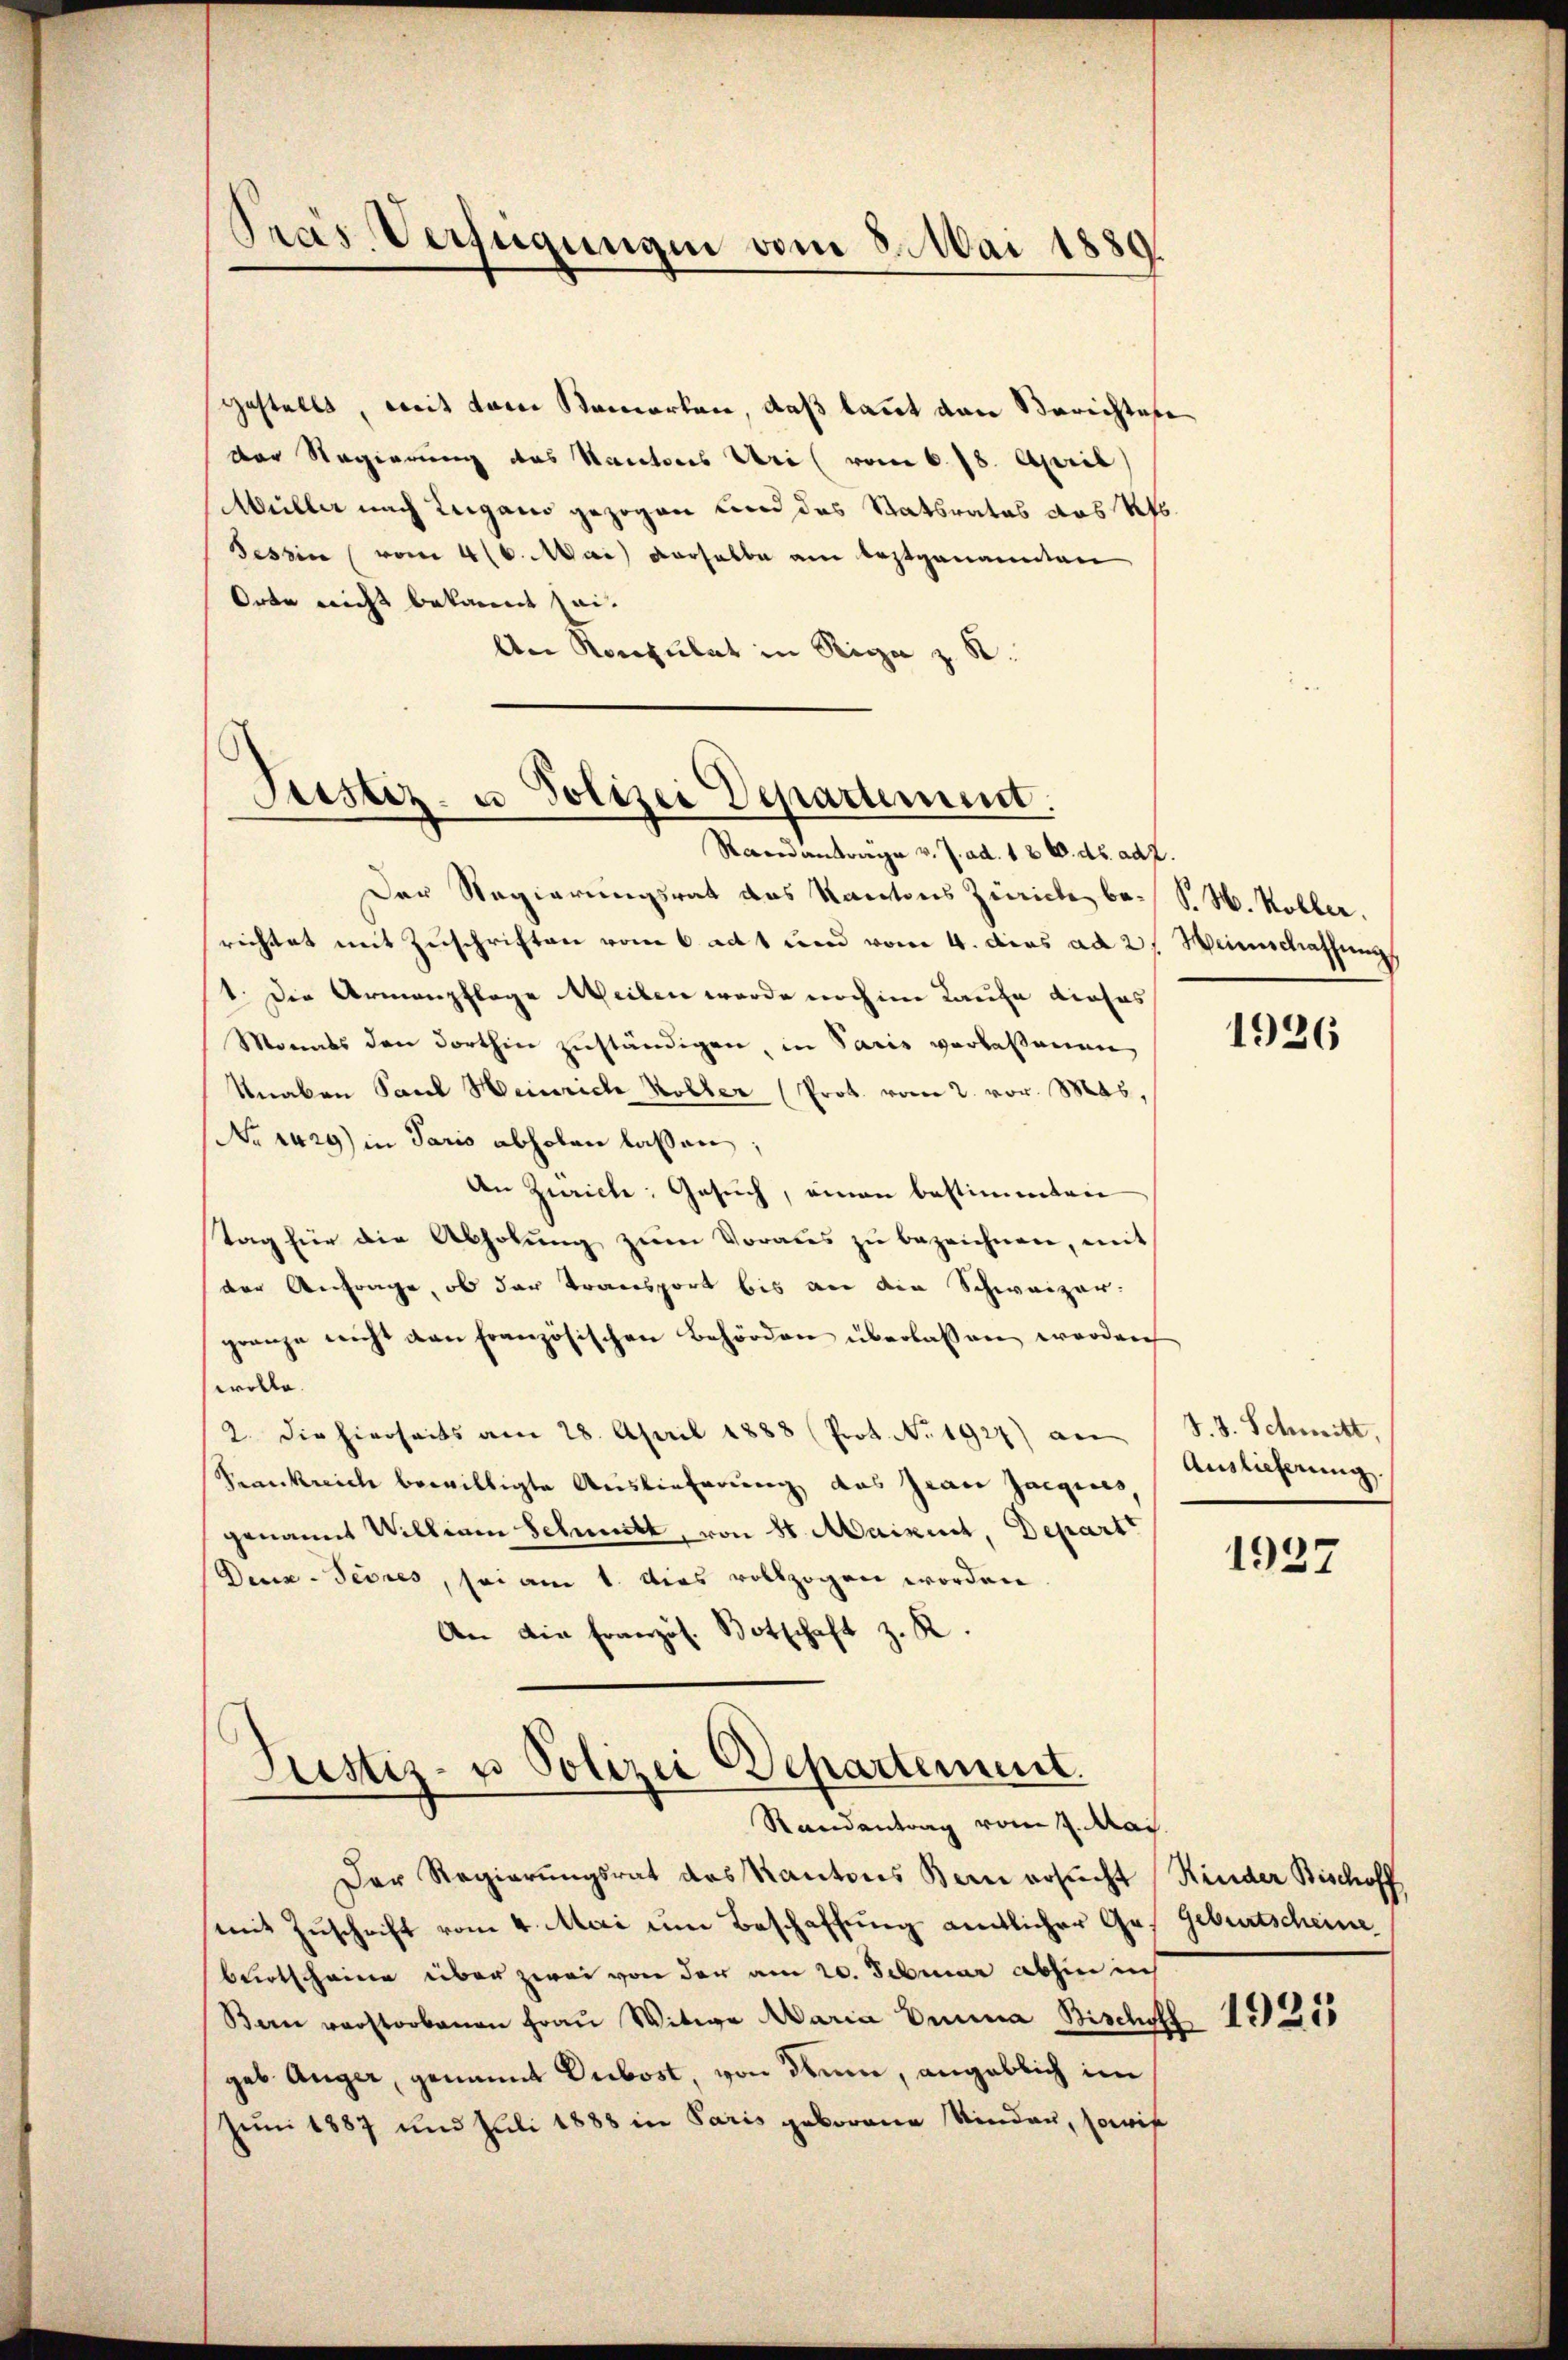
Pras Verfügungen vom 8. Mai 1889.

gestellt, mit dem Samorten, daß laut von Berichtete
der Regierung des Kantons Uri (vom 6. 78. April
Müller nach Lugano gezogen und das Statsrates das Klo¬
Tessin (vom 4 (6. Mai verselbe am leztgenannten
Orte nicht bekannt sei.
An Rorpulat in Riga z. B.

Justiz- u. Polizei Departement.

Raeinträge v. J. ad. 126. ds. ad 2.
Der Regierungsrat des Kantons Zürich be- P. M. Koller.
richtet mit Zuschriften vom 6 acht und vom 4. dies ad 2. Weinschaffung
1. Die Armenpflege Weilen wurde noch im Laufe dieses
Monats den dorthin zuständigen, in Paris verlassenen
Unakon Saal Heinrich Koller (Prot. vom 2. vor. Mas,
No 1429) in Paris abholen lassen;
An Zürich: Gesuch, einen bestimmten
tag für die Abholŭng zŭm Voraus zu bezeichnen, mit
der Anfrage, ob der Transport bis an die Schweizer-
grenze nicht dan französischen Behörden überlassen worden
wolle.
2. Die hierseits am 28. April 1888 (Prot. No. 1927) an S. S. Schmitt,
Krankreich bewilligte Auslieferung des Grau Jaegices
genannt William Schmitt, von 8 Maient, Depart
Deux-Tevres, sei am 1. Dies vollzogen worden.
An die Französ. Botschaft z. R.

Justiz- u Polizei Departement.
Randantrag vom 7. Mai

Der Regierungsrat des Kantons Bern ersucht Kinder Bischoff
mit Zuschrift vom 4. Mai um Beschaffung amtlicher Ges Geburtscheine
bertscheine über zwei von der am 20. Februar abhin in
Bern verstorbenen Fraŭ Witwe Maria Emma Bischoff
geb. Auger, genannt Dubost, von drum, angeblich im
Juni 1887 und Juli 1888 in Paris geborene Kinden, sowie

Auslieferung.

1926

1937

1925